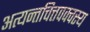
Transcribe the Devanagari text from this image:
अत्यन्तचित्तपक्वस्य